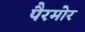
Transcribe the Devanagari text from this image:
पैरमोर